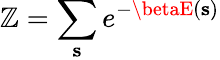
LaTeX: \mathbb{Z}=\sum_{\mathbf{{s}}}e^{-\betaE(\mathbf{{s}})}